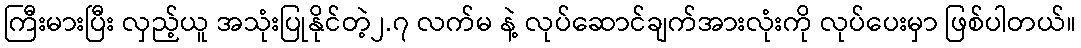
ကြီးမားပြီး လှည့်ယူ အသုံးပြုနိုင်တဲ့၂.၇ လက်မ နဲ့ လုပ်ဆောင်ချက်အားလုံးကို လုပ်ပေးမှာ ဖြစ်ပါတယ်။